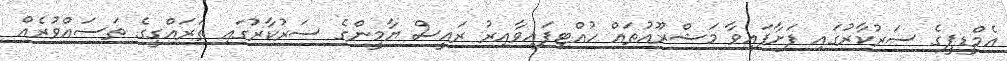
އެމްޑީޕީގެ ސަރުކާރުގައި ފަށާފައިވާ މަޝްރޫއުތައް ހުއްޓިފައިވާއިރު ރައީސް ޔާމީންގެ ސަރުކާރުގައި ތަރައްގީގެ ތަސައްވުރެއް